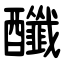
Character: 䤘